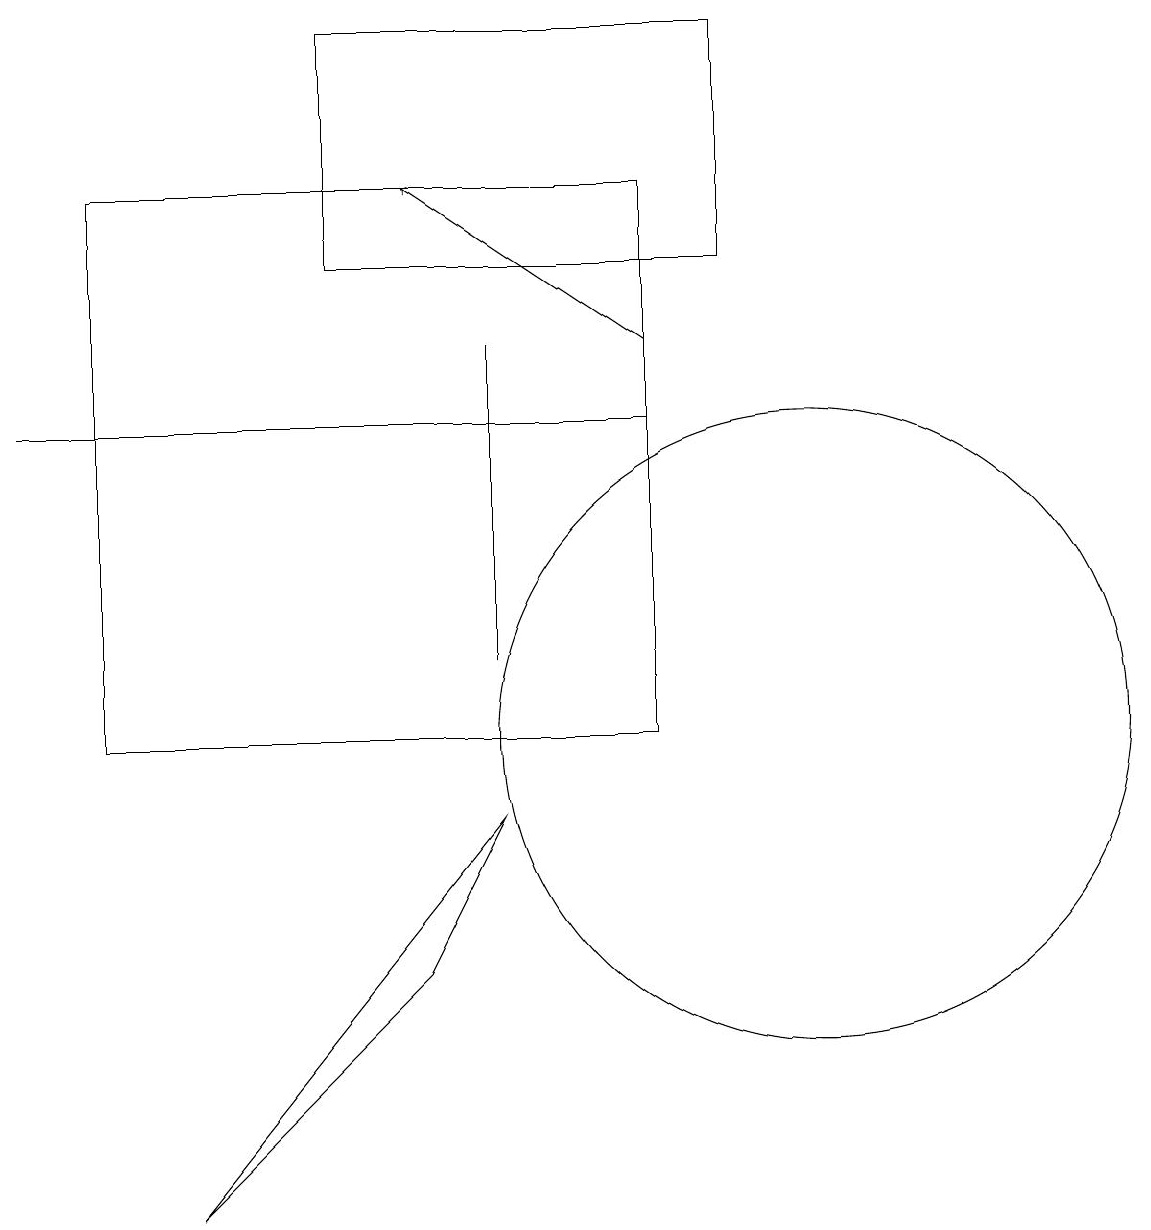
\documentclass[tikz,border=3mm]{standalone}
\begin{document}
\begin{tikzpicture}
\draw (4,19) rectangle (9,16);
\draw (8,10) rectangle (1,17);
\draw (10,10) circle (4);
\draw (6,15) rectangle (6,11);
\draw[->] (8,15) -- (5,17);
\draw (0,14) rectangle (8,14);
\draw (2,4) -- (5,7) -- (6,9) -- cycle;
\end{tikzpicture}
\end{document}